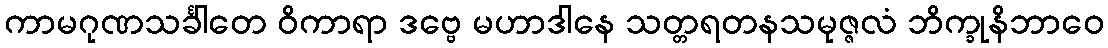
ကာမဂုဏသင်္ခါတေ ဝိကာရာ ဒဗ္ဗေ မဟာဒါနေ သတ္တရတနသမုဇ္ဇလံ ဘိက္ခုနိဘာဝေ